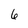
Character: 6